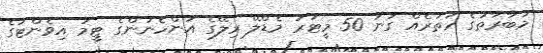
މުބާރާތުގެ ހަތަރެއް ގުނަ 50 މީޓަރު މެޑްލޭ ރިލޭގެ އަންހެނުންގެ ޓީމު އިވެންޓުގެ